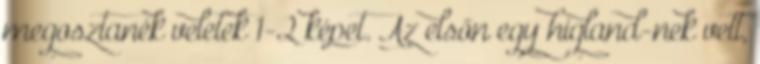
megosztanék veletek 1-2 képet. Az elsőn egy higland-nek vett,